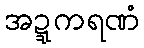
အဍ္ဍကရဏံ